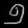
Digit: ၅